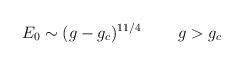
LaTeX: \begin{align*}E_{0} \sim (g - g_{c})^{11/4} \;\;\;\;\;\;\;\; g > g_{c}\end{align*}